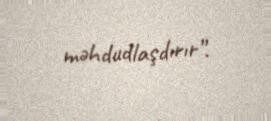
məhdudlaşdırır”.